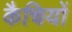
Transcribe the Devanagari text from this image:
कैचियों